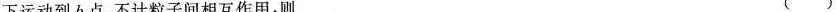
下运动到b点，不计粒子间相互作用，则 ( )